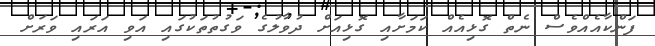
ފަންކާއެއްވެސް ނެތް ގޮޅިއެއް ކަމަށާއި ގޮޅިއަށް ދުވާލުގެ ވަގުތުތަކުގައި އަވި އަރައި ވަރަށް